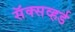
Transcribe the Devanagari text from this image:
सॅक्सव्हर्ड